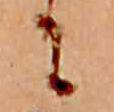
に